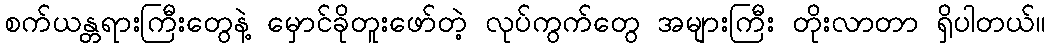
စက်ယန္တရားကြီးတွေနဲ့ မှောင်ခိုတူးဖော်တဲ့ လုပ်ကွက်တွေ အများကြီး တိုးလာတာ ရှိပါတယ်။